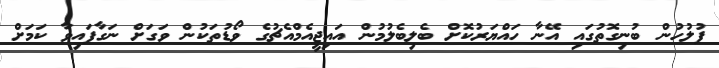
ފުލުހުން ބުނިގޮތުގައި އޭނާ ހައްޔަރުކޮށް ބެލިބެލުމުން އައިޖީއެމްއެޗުގެ ވޯޑުތަކުން ވަގަށް ނަގާފައިވާ ކަމަށް